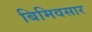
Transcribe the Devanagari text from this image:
बिमिवसार